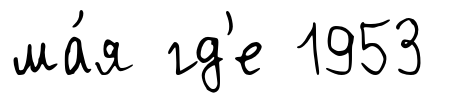
ма́я гд'е 1953